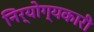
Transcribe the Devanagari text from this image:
निर्योग्यकारी